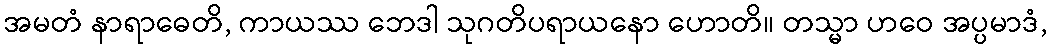
အမတံ နာရာဓေတိ, ကာယဿ ဘေဒါ သုဂတိပရာယနော ဟောတိ။ တသ္မာ ဟဝေ အပ္ပမာဒံ,